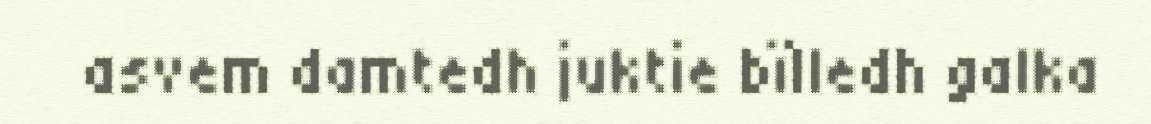
asvem damtedh juktie bïlledh galka